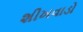
શીખવાડો